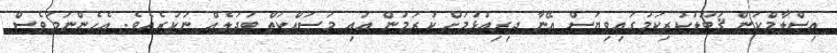
އިސްލާމްކަން ޤަބޫލުކުރިކަމުގައިވިޔަސް އޭނާ ދިރިއުޅުމަށް ކުރަމުން އައި މަސައްކަތް ބަދަލެއް ނުކުރެއެވެ. އެހެންނަމަވެސް